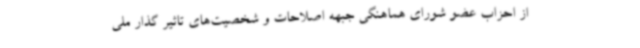
از احزاب عضو شورای هماهنگی جبهه اصلاحات و شخصیت‌های تاثیر گذار ملی